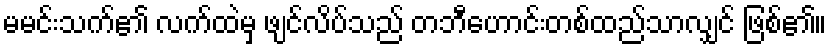
မမင်းသက်၏ လက်ထဲမှ ဖျင်လိပ်သည် တဘီဟောင်းတစ်ထည်သာလျှင် ဖြစ်၏။